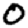
Digit: 0